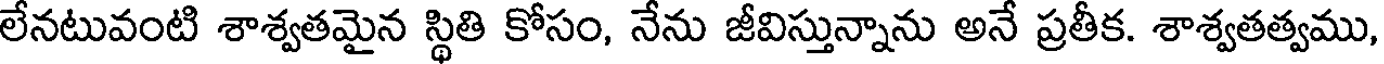
లేనటువంటి శాశ్వతమైన స్థితి కోసం, నేను జీవిస్తున్నాను అనే ప్రతీక. శాశ్వతత్వము,